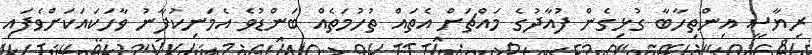
ރިޔާސީ އިންތިހާބާ ގުޅިގެން ފުއާދުގެ މައްޗަށް އެތައް ތުހުމަތެއް ބަންޑުވެ އެމަނިކުފާނު ވާހަކައަކަށްވެފައި